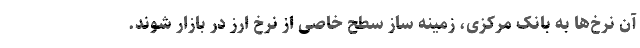
آن‌ نرخ‌ها به بانک مرکزی، زمینه ساز سطح خاصی از نرخ ارز در بازار شوند.